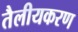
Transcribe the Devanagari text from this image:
तैलीयकरण